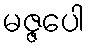
မဇ္ဇပေါ